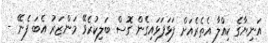
އަނިޔާގެ ކިއްލާ އެތެރެއަށް ފަޅަފަޅައިގެން ގޮސް ބަލިކުރެވޭ މަންޒަރު އެބަ ފެނޭ -